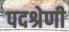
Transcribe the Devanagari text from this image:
पदश्रेणी